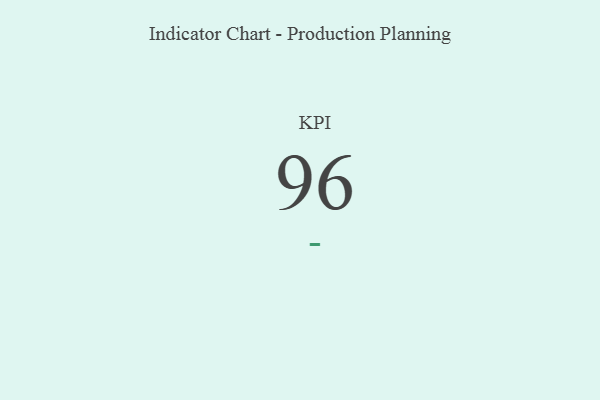
{"axis": {"x": "KPI", "y": "Value"}, "legend": [""], "data": [{"x": "KPI", "y": 96, "type": ""}]}